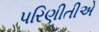
પરિણીતીએ